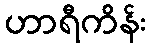
ဟာရီကိန်း